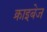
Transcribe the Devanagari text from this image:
क्राइबेज